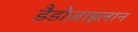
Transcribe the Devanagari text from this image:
डैडोज़ाइलान